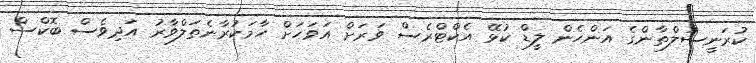
ކުރަނީސުލްތާންގެ އަންހެން ލީޑް ކުޅޭ އެކްޓްރެސް ވަރަށް އަވަހަށް ހާމަކުރާނެތަލްވާރު އަދިވެސް ބޮކްސް